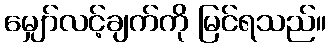
မျှော်လင့်ချက်ကို မြင်ရသည်။